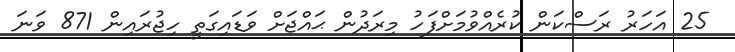
25 އަހަރު ރަސްކަން ކުރެއްވުމަށްފަހު މިރަދުން ޙައްޖަށް ވަޑައިގަތީ ހިޖުރައިން 871 ވަނަ